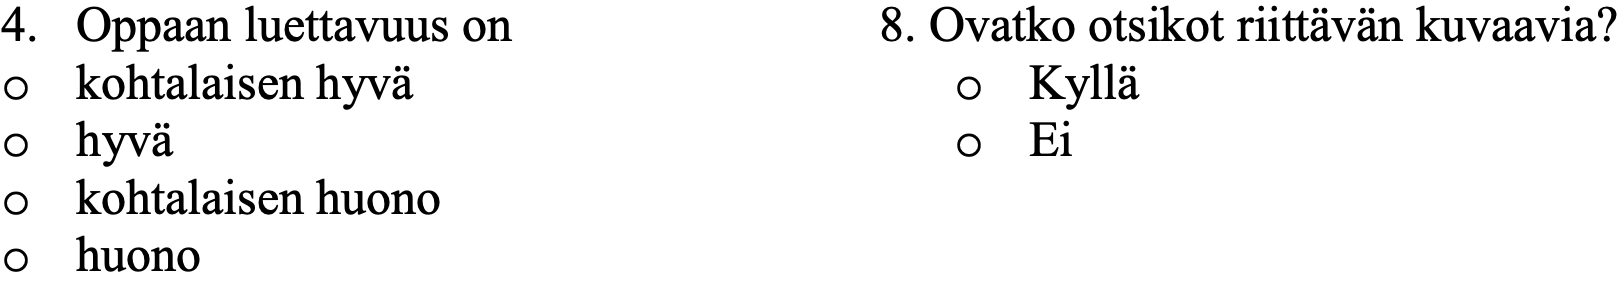
4. Oppaan luettavuus on      8. Ovatko otsikot riittävän kuvaavia? o kohtalaisen hyvä             o  Kyllä o hyvä                         o  Ei o kohtalaisen huono o huono